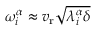
\omega _ { i } ^ { \alpha } \approx v _ { \mathrm { r } } \sqrt { \lambda _ { i } ^ { \alpha } \delta }